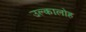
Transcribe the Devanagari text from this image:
उल्कालोह